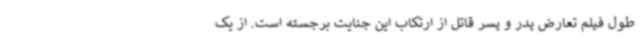
طول فیلم تعارض پدر و پسر قاتل از ارتکاب این جنایت برجسته است. از یک